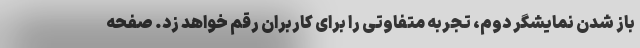
باز شدن نمایشگر دوم، تجربه متفاوتی را برای کاربران رقم خواهد زد. صفحه